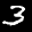
Label: 3